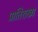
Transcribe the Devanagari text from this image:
प्रातिशख्य